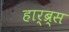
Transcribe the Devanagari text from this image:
हार्ब्र्स